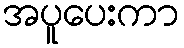
အပူပေးကာ